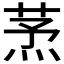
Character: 𦱻